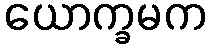
ယောက္ခမက